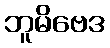
ဘူမိဗေဒ